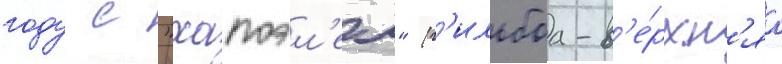
году с "хапоэл'ем" (г'ильбоа-в'е́рхн'яа